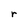
Character: r